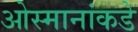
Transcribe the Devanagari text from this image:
ओस्मानांकडे